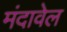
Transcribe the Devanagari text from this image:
मंदावेल